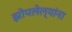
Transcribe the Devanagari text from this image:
झोपलेल्यांना